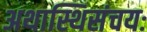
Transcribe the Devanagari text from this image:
अथास्थिसंचयः